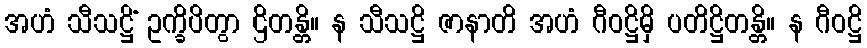
အဟံ သီသဋ္ဌိံ ဥက္ခိပိတွာ ဌိတန္တိ။ န သီသဋ္ဌိ ဇာနာတိ အဟံ ဂီဝဋ္ဌိမှိ ပတိဋ္ဌိတန္တိ။ န ဂီဝဋ္ဌိ